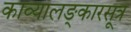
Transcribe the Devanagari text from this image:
काव्यालङ्कारसूत्र